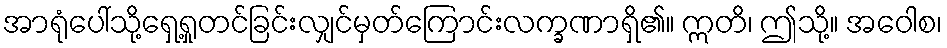
အာရုံပေါ်သို့ရှေ့ရှုတင်ခြင်းလျှင်မှတ်ကြောင်းလက္ခဏာရှိ၏။ ဣတိ၊ ဤသို့။ အဝေါစ၊